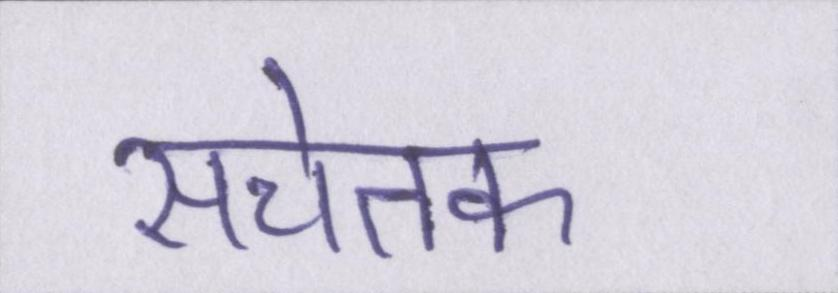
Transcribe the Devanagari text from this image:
सचेतक